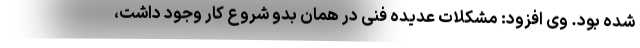
شده بود. وی افزود: مشکلات عدیده فنی در همان بدو شروع کار وجود داشت،